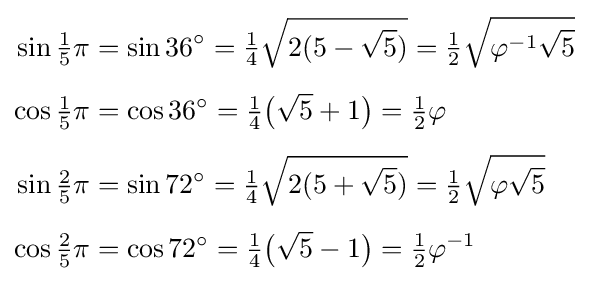
{\begin{aligned}\sin {\tfrac {1}{5}}\pi &=\sin 36^{\circ }={\tfrac {1}{4}}{\sqrt {2(5-{\sqrt {5}})}}={\tfrac {1}{2}}{\sqrt {\varphi ^{-1}{\sqrt {5}}}}\\[5pt]\cos {\tfrac {1}{5}}\pi &=\cos 36^{\circ }={\tfrac {1}{4}}{\bigl (}{\sqrt {5}}+1{\bigr )}={\tfrac {1}{2}}\varphi \\[5pt]\sin {\tfrac {2}{5}}\pi &=\sin 72^{\circ }={\tfrac {1}{4}}{\sqrt {2(5+{\sqrt {5}})}}={\tfrac {1}{2}}{\sqrt {\varphi {\sqrt {5}}}}\\[5pt]\cos {\tfrac {2}{5}}\pi &=\cos 72^{\circ }={\tfrac {1}{4}}{\bigl (}{\sqrt {5}}-1{\bigr )}={\tfrac {1}{2}}\varphi ^{-1}\\[5pt]\end{aligned}}